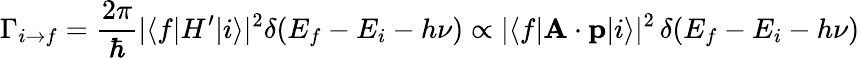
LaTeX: \Gamma_{i\to f}={\frac{2\pi}{\hbar}}|\langle f|H^{\prime}|i\rangle|^{2}\delta(E_{f}-E_{i}-h\nu)\propto|\langle f|\mathbf{A}\cdot\mathbf{p}|i\rangle|^{2}\, \delta(E_{f}-E_{i}-h\nu)